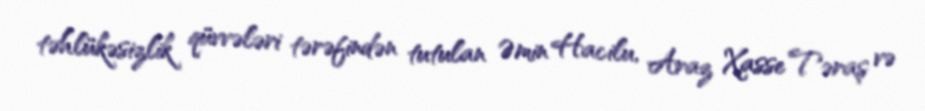
təhlükəsizlik qüvvələri tərəfindən tutulan Əmin Hacilu, Araz Xasse Təraş və